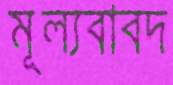
মূল্যবাবদ